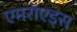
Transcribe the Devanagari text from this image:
एमरॉएड्स